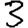
Digit: 3